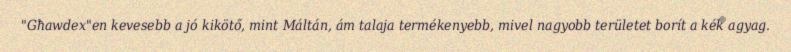
"Għawdex"en kevesebb a jó kikötő, mint Máltán, ám talaja termékenyebb, mivel nagyobb területet borít a kék agyag.